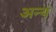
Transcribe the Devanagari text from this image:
अन्य